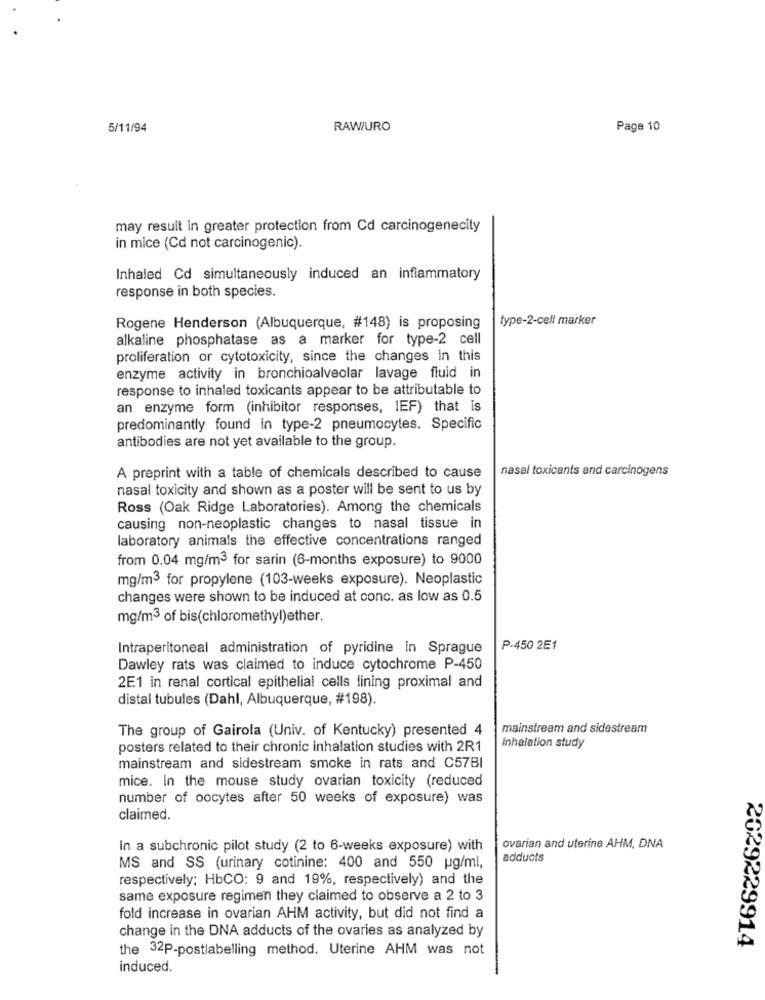
5/11/94
RAW/URO
Page 10
may result in greater protection from Cd carcinogenecity
in mice (Cd not carcinogenic).
Inhaled Cd simultaneously induced an inflammatory
response in both species.
type-2-cell marker
Rogene Henderson (Albuquerque, #148) is proposing
alkaline phosphatase as a marker for type-2 cell
proliferation or cytotoxicity, since the changes in this
enzyme activity in bronchioalveolar lavage fluid in
response to inhaled toxicants appear to be attributable to
an enzyme form (inhibitor responses, IEF) that is
predominantly found in type-2 pneumocytes. Specific
antibodies are not yet available to the group.
nasal toxicants and carcinogens
A preprint with a table of chemicals described to cause
nasal toxicity and shown as a poster will be sent to us by
Ross (Oak Ridge Laboratories). Among the chemicals
causing non-neoplastic changes to nasal tissue in
laboratory animals the effective concentrations ranged
from 0.04 mg/m3 for sarin (6-months exposure) to 9000
mg/m3 for propylene (103-weeks exposure). Neoplastic
changes were shown to be induced at conc. as low as 0.5
mg/m3 of bis(chloromethyl)ether.
Intraperitoneal administration of pyridine in Sprague
P.450 2E1
Dawley rats was claimed to induce cytochrome P-450
2E1 in renal cortical epithelial cells lining proximal and
distal tubules (Dahl, Albuquerque, #198).
The group of Gairola (Univ. of Kentucky) presented 4
mainstream and sidestream
posters related to their chronic inhalation studies with 2R1
Inhalation study
mainstream and sidestream smoke in rats and C57BI
mice. In the mouse study ovarian toxicity (reduced
number of oocytes after 50 weeks of exposure) was
claimed.
In a subchronic pilot study (2 to 6-weeks exposure) with
ovarian and uterine AHM, DNA
adducts
MS and SS (urinary cotinine: 400 and 550 pg/ml,
respectively; HbCO: 9 and 19%, respectively) and the
same exposure regimen they claimed to observe a 2 to 3
fold increase in ovarian AHM activity, but did not find a
change in the DNA adducts of the ovaries as analyzed by
2029229914
the 32p-postlabelling method. Uterine AHM was not
induced.